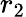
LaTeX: r_{2}